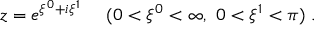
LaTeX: z = e ^ { \xi ^ { 0 } + i \xi ^ { 1 } } \ \ \ \ ( 0 < \xi ^ { 0 } < \infty , \ 0 < \xi ^ { 1 } < \pi ) \ .